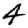
Digit: 4